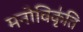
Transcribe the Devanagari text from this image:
मनोविकृ॑ति